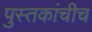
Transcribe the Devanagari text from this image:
पुस्तकांचीच